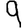
Digit: 9